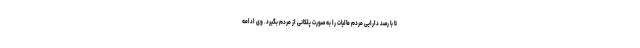
تا با رصد دارایی مردم مالیات را به صورت پلکانی از مردم بگیرد. وی ادامه